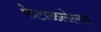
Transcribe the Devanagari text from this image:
फेटाळलेल्या